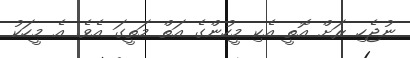
ނުޖެހި ރަށް އޮތީ އެކި މީހުންގެ އަތް މަތީގަ އެވެ. އެ މީހަކު